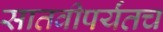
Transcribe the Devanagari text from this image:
सातवीपर्यंतच